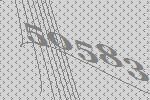
50583